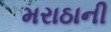
મરાઠાની